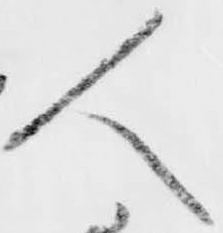
人